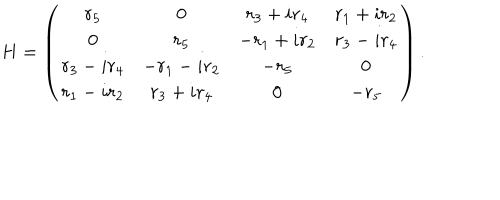
H = \left( \begin{array} { c c c c } { { r _ { 5 } } } & { { 0 } } & { { r _ { 3 } + i r _ { 4 } } } & { { r _ { 1 } + i r _ { 2 } } } \\ { { 0 } } & { { r _ { 5 } } } & { { - r _ { 1 } + i r _ { 2 } } } & { { r _ { 3 } - i r _ { 4 } } } \\ { { r _ { 3 } - i r _ { 4 } } } & { { - r _ { 1 } - i r _ { 2 } } } & { { - r _ { 5 } } } & { { 0 } } \\ { { r _ { 1 } - i r _ { 2 } } } & { { r _ { 3 } + i r _ { 4 } } } & { { 0 } } & { { - r _ { 5 } } } \\ \end{array} \right) .